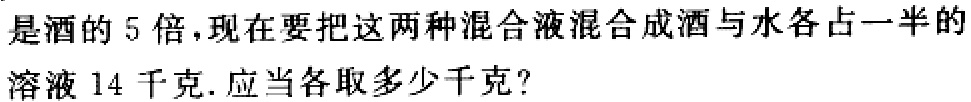
是酒的 5 倍，现在要把这两种混合液混合成酒与水各占一半的
溶液 14 千克. 应当各取多少千克?